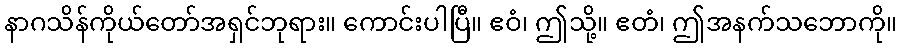
နာဂသိန်ကိုယ်တော်အရှင်ဘုရား။ ကောင်းပါပြီ။ ဧဝံ၊ ဤသို့။ ဧတံ၊ ဤအနက်သဘောကို။